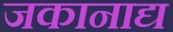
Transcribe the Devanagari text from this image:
जकानाद्य